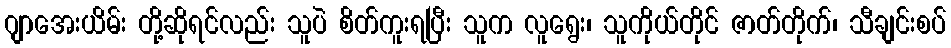
ဂျာအေးယိမ်း တို့ဆိုရင်လည်း သူပဲ စိတ်ကူးရပြီး သူက လူရွေး၊ သူကိုယ်တိုင် ဇာတ်တိုက်၊ သီချင်းစပ်